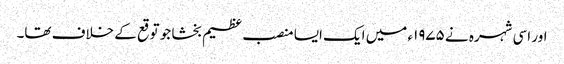
اور اسی شہرہ نے ۱۹۷۵ء میں ایک ایسا منصب عظیم بخشا جو توقع کے خلاف تھا۔